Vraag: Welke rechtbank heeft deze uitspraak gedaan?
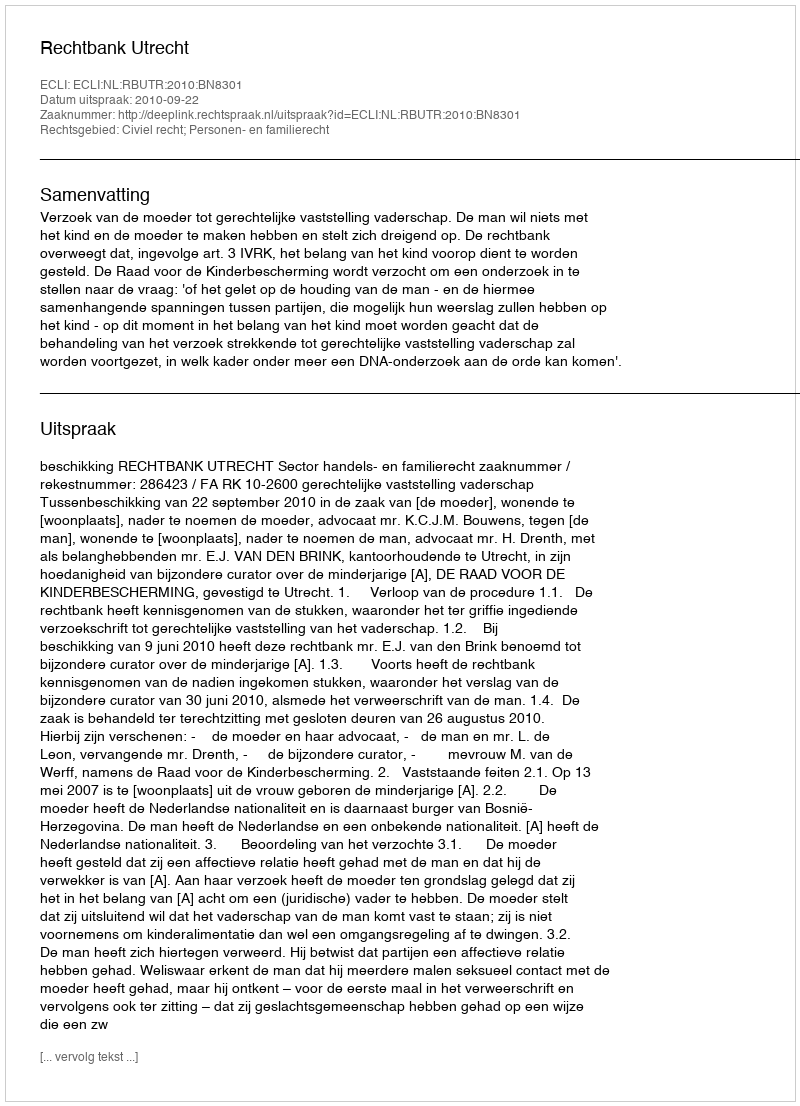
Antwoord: Rechtbank Utrecht